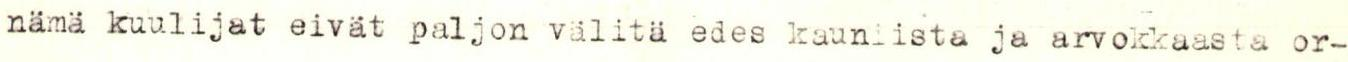
nämä kuulijat eivät paljon välitä edes kauniista ja arvokkaasta or-